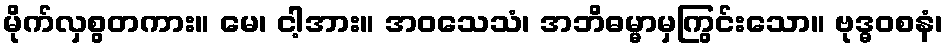
မိုက်လှစွတကား။ မေ၊ ငါ့အား။ အဝသေသံ၊ အဘိဓမ္မာမှကြွင်းသော။ ဗုဒ္ဓဝစနံ၊